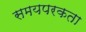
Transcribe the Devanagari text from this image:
समयपरकता